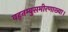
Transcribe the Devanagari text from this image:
वह़नम्‍बुसमीरणाख्‍या।